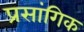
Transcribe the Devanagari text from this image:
प्रसांगिक